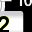
Digit: 2